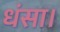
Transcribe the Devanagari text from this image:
धंसा।